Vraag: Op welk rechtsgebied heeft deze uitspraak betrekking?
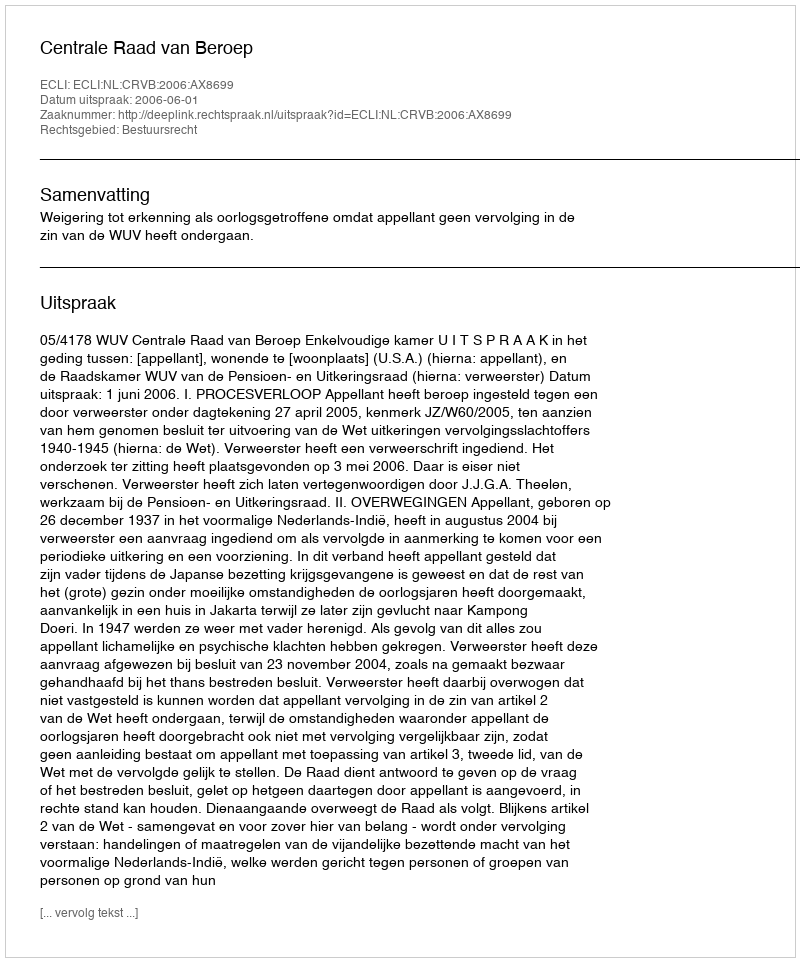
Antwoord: Bestuursrecht